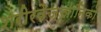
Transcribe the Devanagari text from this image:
शरीरवैज्ञानिकों